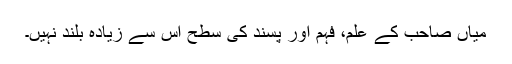
میاں صاحب کے علم، فہم اور پسند کی سطح اس سے زیادہ بلند نہیں۔